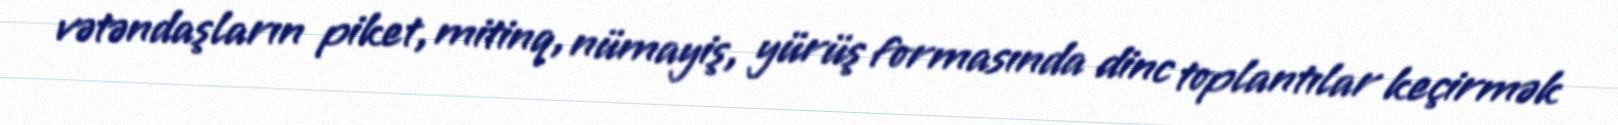
vətəndaşların piket, mitinq, nümayiş, yürüş formasında dinc toplantılar keçirmək